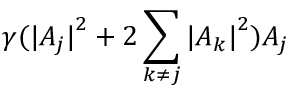
\gamma ( { | A _ { j } | } ^ { 2 } + 2 \sum _ { k \neq j } { | A _ { k } | } ^ { 2 } ) A _ { j }